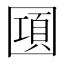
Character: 𰉔